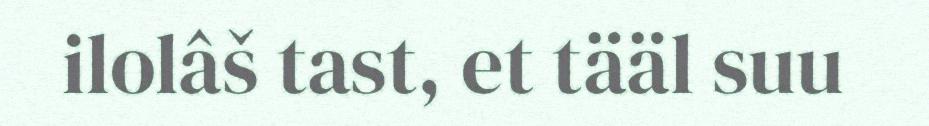
ilolâš tast, et tääl suu